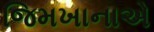
જિમખાનાએ